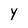
Character: Y